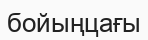
бойыңцағы